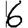
Digit: 6